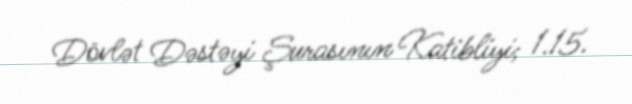
Dövlət Dəstəyi Şurasının Katibliyi; 1.15.